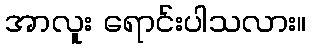
အာလူး ရောင်းပါသလား။